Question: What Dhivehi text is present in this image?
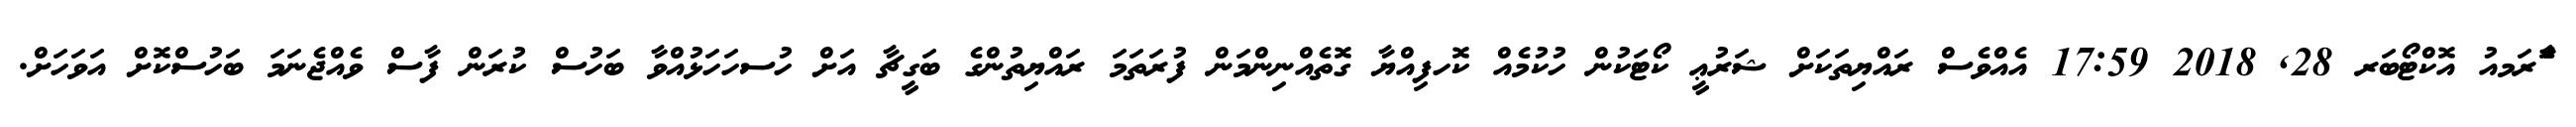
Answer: ާަެރަމއު އޮކްޓޯބަރ 28, 2018 17:59 އެއްވެސް ރައްޔިތަކަށް ޝަރުޢީ ކޯޓަކުން ހުކުމެއް ކޮހފިއްޔާ ގޮތެއްނިންމަން ފުރަތަމަ ރައްޔިތުންގެ ބަގީޗާ އަށް ހުސހަހަޅުއްވާ ބަހުސް ކުރަން ފާސް ވެއްޖެނަމަ ބަހުސްކޮށް އަވަހަށް.